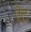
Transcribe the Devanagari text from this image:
ऎट